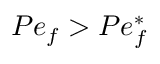
P e _ { f } > P e _ { f } ^ { \ast }